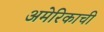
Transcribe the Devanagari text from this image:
अमेरिकाची